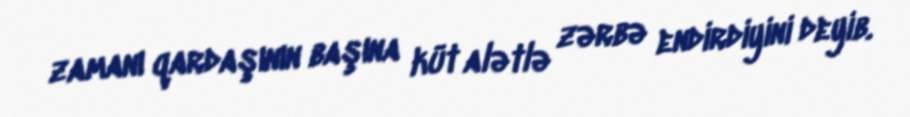
zamanı qardaşının başına küt alətlə zərbə endirdiyini deyib.